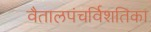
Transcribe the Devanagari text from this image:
वैतालपंचर्विशतिका